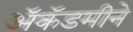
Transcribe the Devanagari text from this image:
ॲकॅडमीने